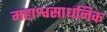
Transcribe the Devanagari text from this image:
महाश्वसाधनिक